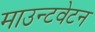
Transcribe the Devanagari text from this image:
माउन्टवेटन